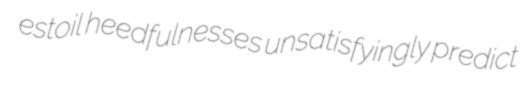
estoil heedfulnesses unsatisfyingly predict